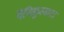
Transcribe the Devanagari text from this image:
पैनिकुलाटा